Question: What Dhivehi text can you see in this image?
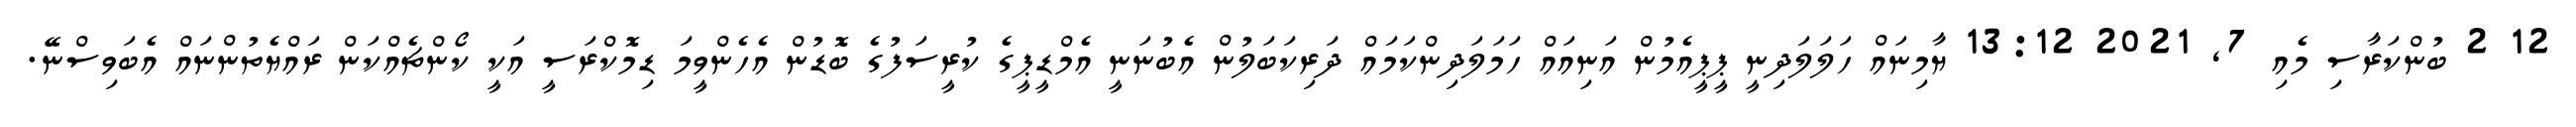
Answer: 12 2 ބުންކަރާސި މެއި 7, 2021 13:12 ޔާމިނައް ހަލަލަދިނީ ޕީޕީއެމުން އަނިއައް ހަމަލަދިންކަމައް ދަރިކަބަލުން އެބުނަނީ އެމްޑީޕީގެ ކުރީސަފުގެ ބޮޑުން އެހެންވީމަ ޑިމޮކްރަސީ އަކީ ކޯންޗެއްކަން ރައްޔެތުންނައް އެބަވިސްނޭ.